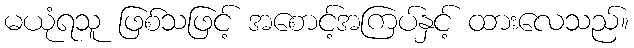
မယုံရသူ ဖြစ်သဖြင့် အစောင့်အကြပ်နှင့် ထားလေသည်။